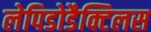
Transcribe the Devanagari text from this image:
लेपिडोडैक्टिलस